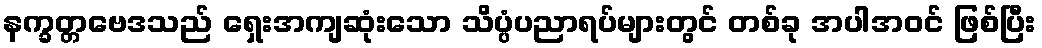
နက္ခတ္တဗေဒသည် ရှေးအကျဆုံးသော သိပ္ပံပညာရပ်များတွင် တစ်ခု အပါအဝင် ဖြစ်ပြီး